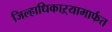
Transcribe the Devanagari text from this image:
जिल्हाधिकाऱ्यामार्फत